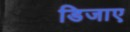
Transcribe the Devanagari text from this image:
डिजाए